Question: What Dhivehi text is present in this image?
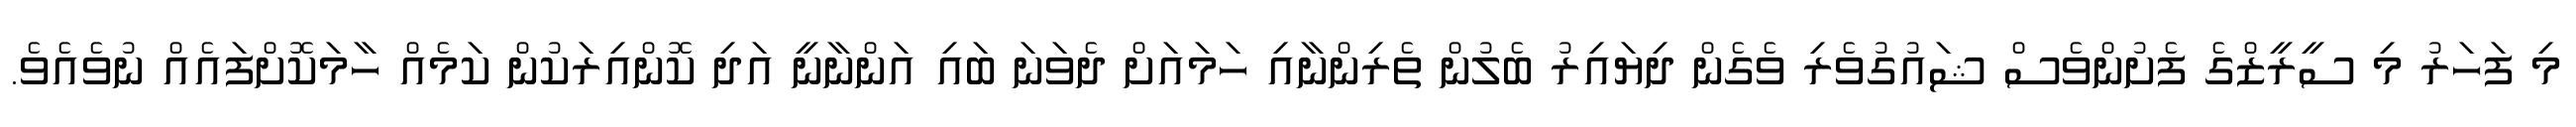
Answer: މި ފަހަރު މި ސީރީޒްގެ ފެށުންވެސް ޝައުގުވެރި ވެގެން ދިޔައިރު ބެލުން ތެރިންނާއި ހަމައަށް ދެވަނަ ބައި އަންނާނީ އަދި ކޮންއިރަކުން ކަމެއް ހާމަކޮށްފައެއް ނުވެއެވެ.